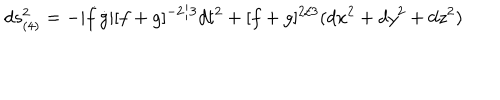
LaTeX: d s _ { ( 4 ) } ^ { 2 } = - | \dot { f } \dot { g } | [ f + g ] ^ { - 2 / 3 } d t ^ { 2 } + [ f + g ] ^ { 2 / 3 } ( d x ^ { 2 } + d y ^ { 2 } + d z ^ { 2 } )